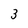
Character: 3